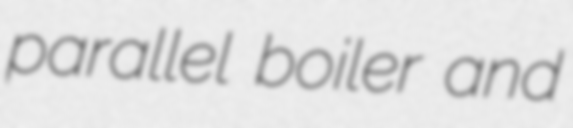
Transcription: parallel boiler and